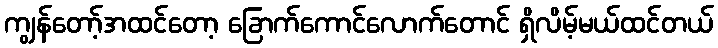
ကျွန်တော့်အထင်တော့ ခြောက်ကောင်လောက်တောင် ရှိလိမ့်မယ်ထင်တယ်